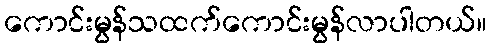
ကောင်းမွန်သထက်ကောင်းမွန်လာပါတယ်။